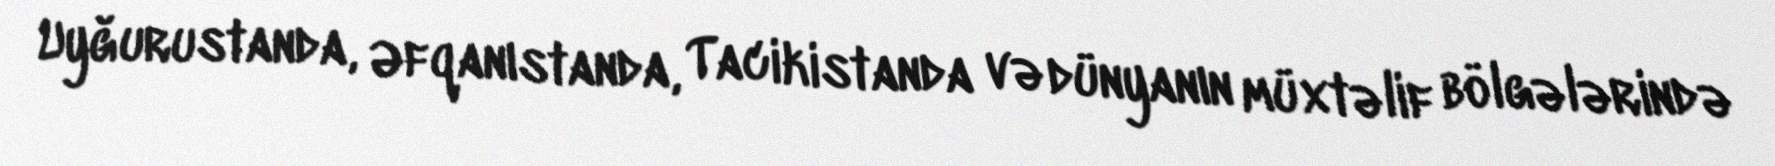
Uyğurustanda, Əfqanıstanda, Tacikistanda və dünyanın müxtəlif bölgələrində